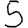
Digit: 5